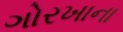
ગોરખાના